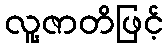
လူ့ဇာတိဖြင့်